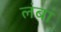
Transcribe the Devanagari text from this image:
लंबां